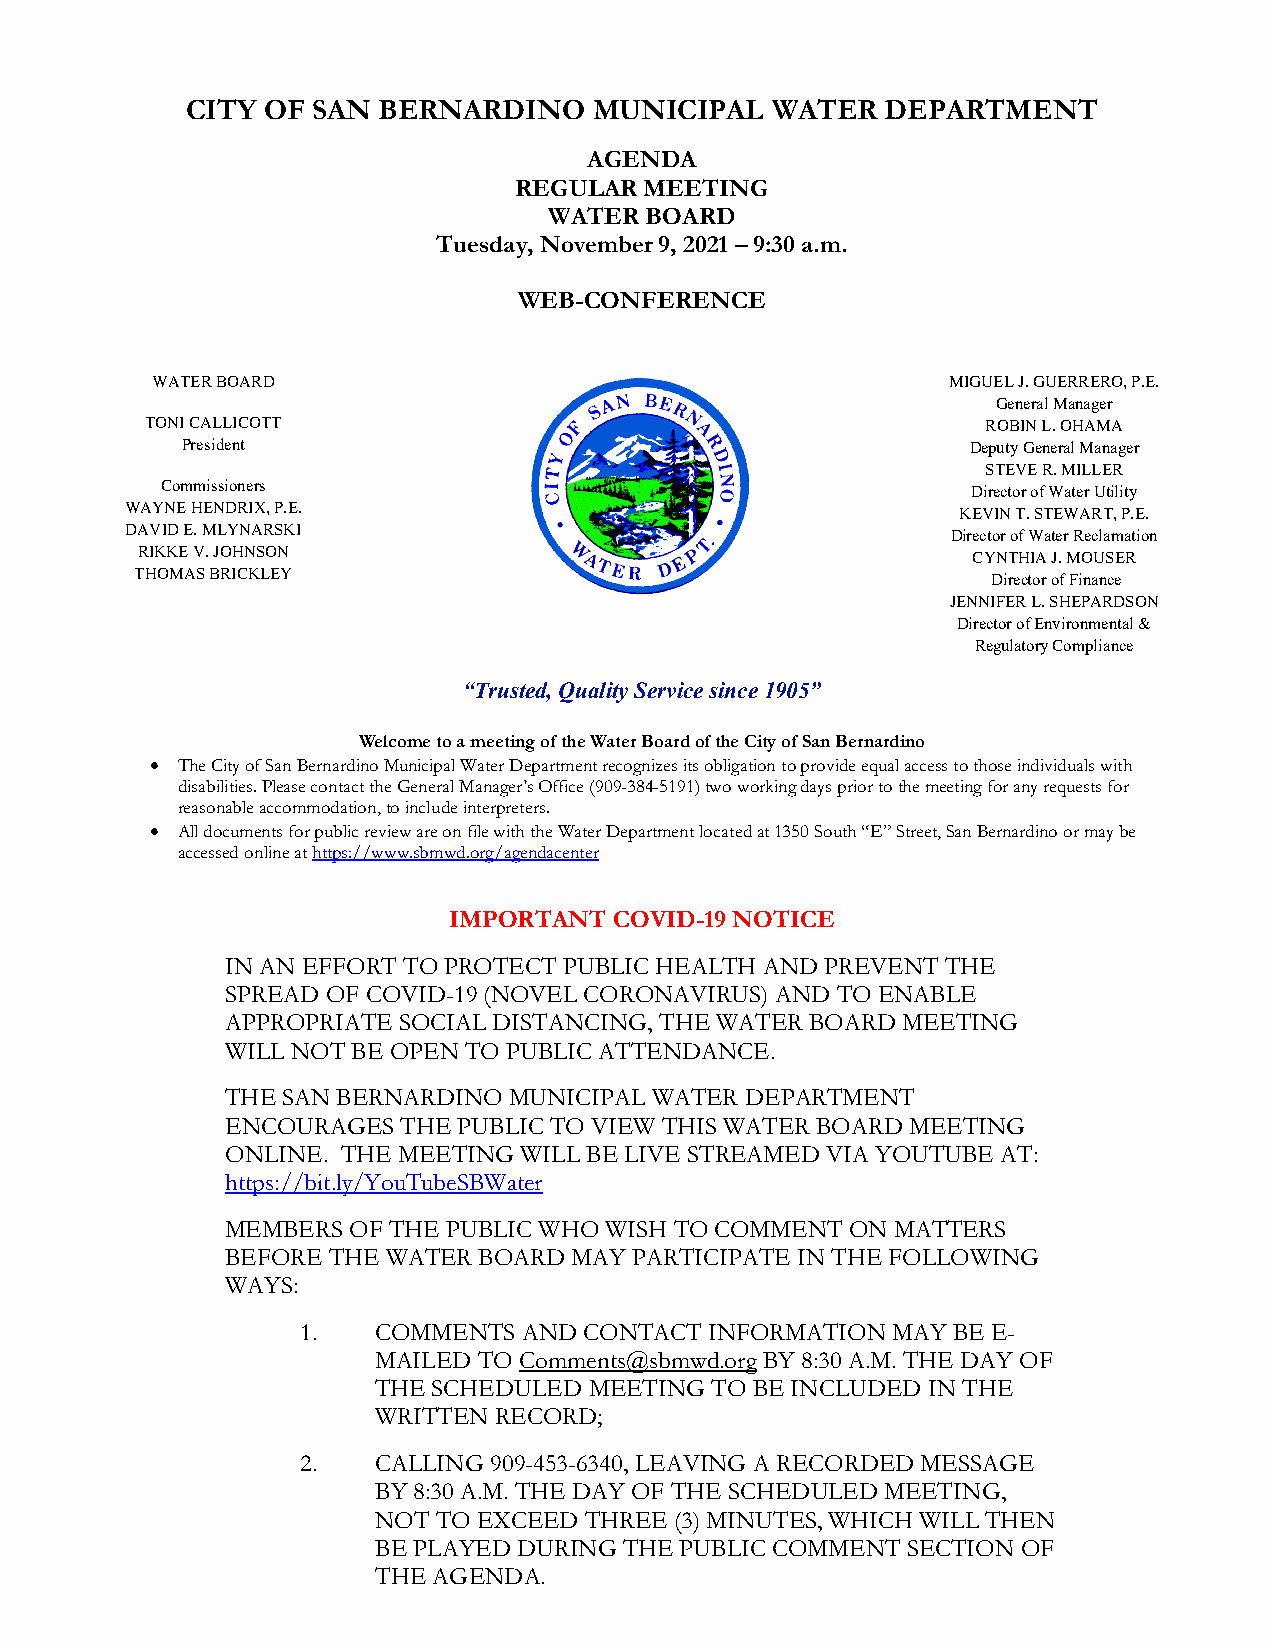
CITY OF  SAN BERNARDINO    MUNICIPAL   WATER   DEPARTMENT
 AGENDA
 REGULAR  MEETING
 WATER  BOARD
 Tuesday, November 9, 2021 – 9:30 a.m.
 WEB-CONFERENCE
 WATER BOARD                                          MIGUEL J. GUERRERO, P.E.
 General Manager
 TONI CALLICOTT                                         ROBIN L. OHAMA
 President                                           Deputy General Manager
 STEVE R. MILLER
 Commissioners                                        Director of Water Utility
 WAYNE HENDRIX, P.E.                                     KEVIN T. STEWART, P.E.
 DAVID E. MLYNARSKI                                     Director of Water Reclamation
 RIKKE V. JOHNSON                                       CYNTHIA J. MOUSER
 THOMAS BRICKLEY                                          Director of Finance
 JENNIFER L. SHEPARDSON
 Director of Environmental &
 Regulatory Compliance
 “Trusted, Quality Service since 1905”
 Welcome to a meeting of the Water Board of the City of San Bernardino
 • The City of San Bernardino Municipal Water Department recognizes its obligation to provide equal access to those individuals with
 disabilities. Please contact the General Manager’s Office (909-384-5191) two working days prior to the meeting for any requests for
 reasonable accommodation, to include interpreters.
 • All documents for public review are on file with the Water Department located at 1350 South “E” Street, San Bernardino or may be
 accessed online at https://www.sbmwd.org/agendacenter
 IMPORTANT  COVID-19 NOTICE
 IN AN EFFORT TO PROTECT PUBLIC HEALTH AND PREVENT THE
 SPREAD OF COVID-19 (NOVEL CORONAVIRUS) AND TO ENABLE
 APPROPRIATE SOCIAL DISTANCING, THE WATER BOARD MEETING
 WILL NOT BE OPEN TO PUBLIC ATTENDANCE.
 THE SAN BERNARDINO MUNICIPAL WATER DEPARTMENT
 ENCOURAGES  THE PUBLIC TO VIEW THIS WATER BOARD MEETING
 ONLINE. THE MEETING WILL BE LIVE STREAMED VIA YOUTUBE AT:
 https://bit.ly/YouTubeSBWater
 MEMBERS OF THE PUBLIC WHO WISH TO COMMENT ON MATTERS
 BEFORE THE WATER BOARD MAY PARTICIPATE IN THE FOLLOWING
 WAYS:
 1.   COMMENTS  AND CONTACT INFORMATION MAY BE E-
 MAILED TO Comments@sbmwd.org BY 8:30 A.M. THE DAY OF
 THE SCHEDULED MEETING TO BE INCLUDED IN THE
 WRITTEN RECORD;
 2.   CALLING 909-453-6340, LEAVING A RECORDED MESSAGE
 BY 8:30 A.M. THE DAY OF THE SCHEDULED MEETING,
 NOT TO EXCEED THREE (3) MINUTES, WHICH WILL THEN
 BE PLAYED DURING THE PUBLIC COMMENT SECTION OF
 THE AGENDA.